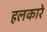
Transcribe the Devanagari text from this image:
हलकारे